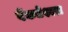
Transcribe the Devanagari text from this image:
वेंकतेश्वरा